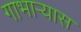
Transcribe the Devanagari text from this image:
गाभाऱ्यास